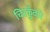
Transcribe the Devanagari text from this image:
चिरकुँवारे